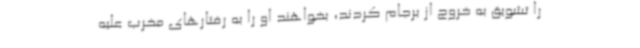
را تشویق به خروج از برجام کردند، بخواهند او را به رفتارهای مخرب علیه